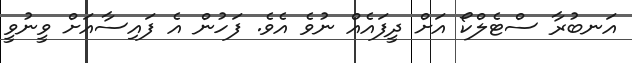
އަނބުރާ ސްޓެލްކޯ އަށް ދީފައެއް ނުވެ އެވެ. ފަހުން އެ ފައިސާއަށް ވީނުވީ